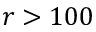
r > 1 0 0